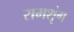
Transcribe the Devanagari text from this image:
रामशृंग